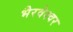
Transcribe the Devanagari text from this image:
भैरवेश्वर